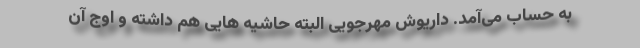
به حساب می‌آمد. داریوش مهرجویی البته حاشیه هایی هم داشته و اوج آن